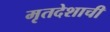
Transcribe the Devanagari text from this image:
मृतदेशाची